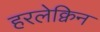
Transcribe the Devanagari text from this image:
हरलेक्विन